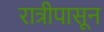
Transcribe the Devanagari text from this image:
रात्रीपासून